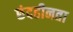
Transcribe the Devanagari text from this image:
छंदहीनता